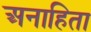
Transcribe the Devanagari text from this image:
अनाहिता